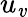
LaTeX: u_{\mathit{v}}